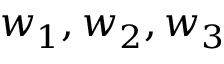
w _ { 1 } , w _ { 2 } , w _ { 3 }